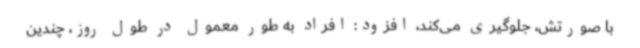
با صورتش، جلوگیری می‌کند، افزود: افراد به طور معمول در طول روز، چندین